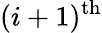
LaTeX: (i+1)^{\mathrm{th}}